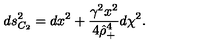
d s _ { C _ { 2 } } ^ { 2 } = d x ^ { 2 } + { \frac { \gamma ^ { 2 } x ^ { 2 } } { 4 \hat { \rho } _ { + } ^ { 4 } } } d \chi ^ { 2 } .